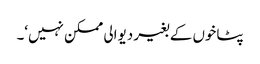
پٹاخوں کے بغیر دیوالی ممکن نہیں‘۔